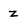
Character: z